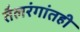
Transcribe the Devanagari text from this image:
तैलरंगांतही